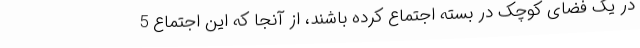
در یک فضای کوچک در بسته اجتماع کرده باشند، از آنجا که این اجتماع 5